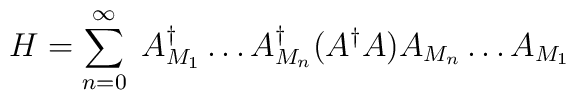
H  =   \sum_{n=0}^{\infty} \; A^{\dagger}_{M_{1}} \ldots A^{\dagger}_{M_{n}}(A^{\dagger}A) A_{M_{n}} \ldots A_{M_{1}}